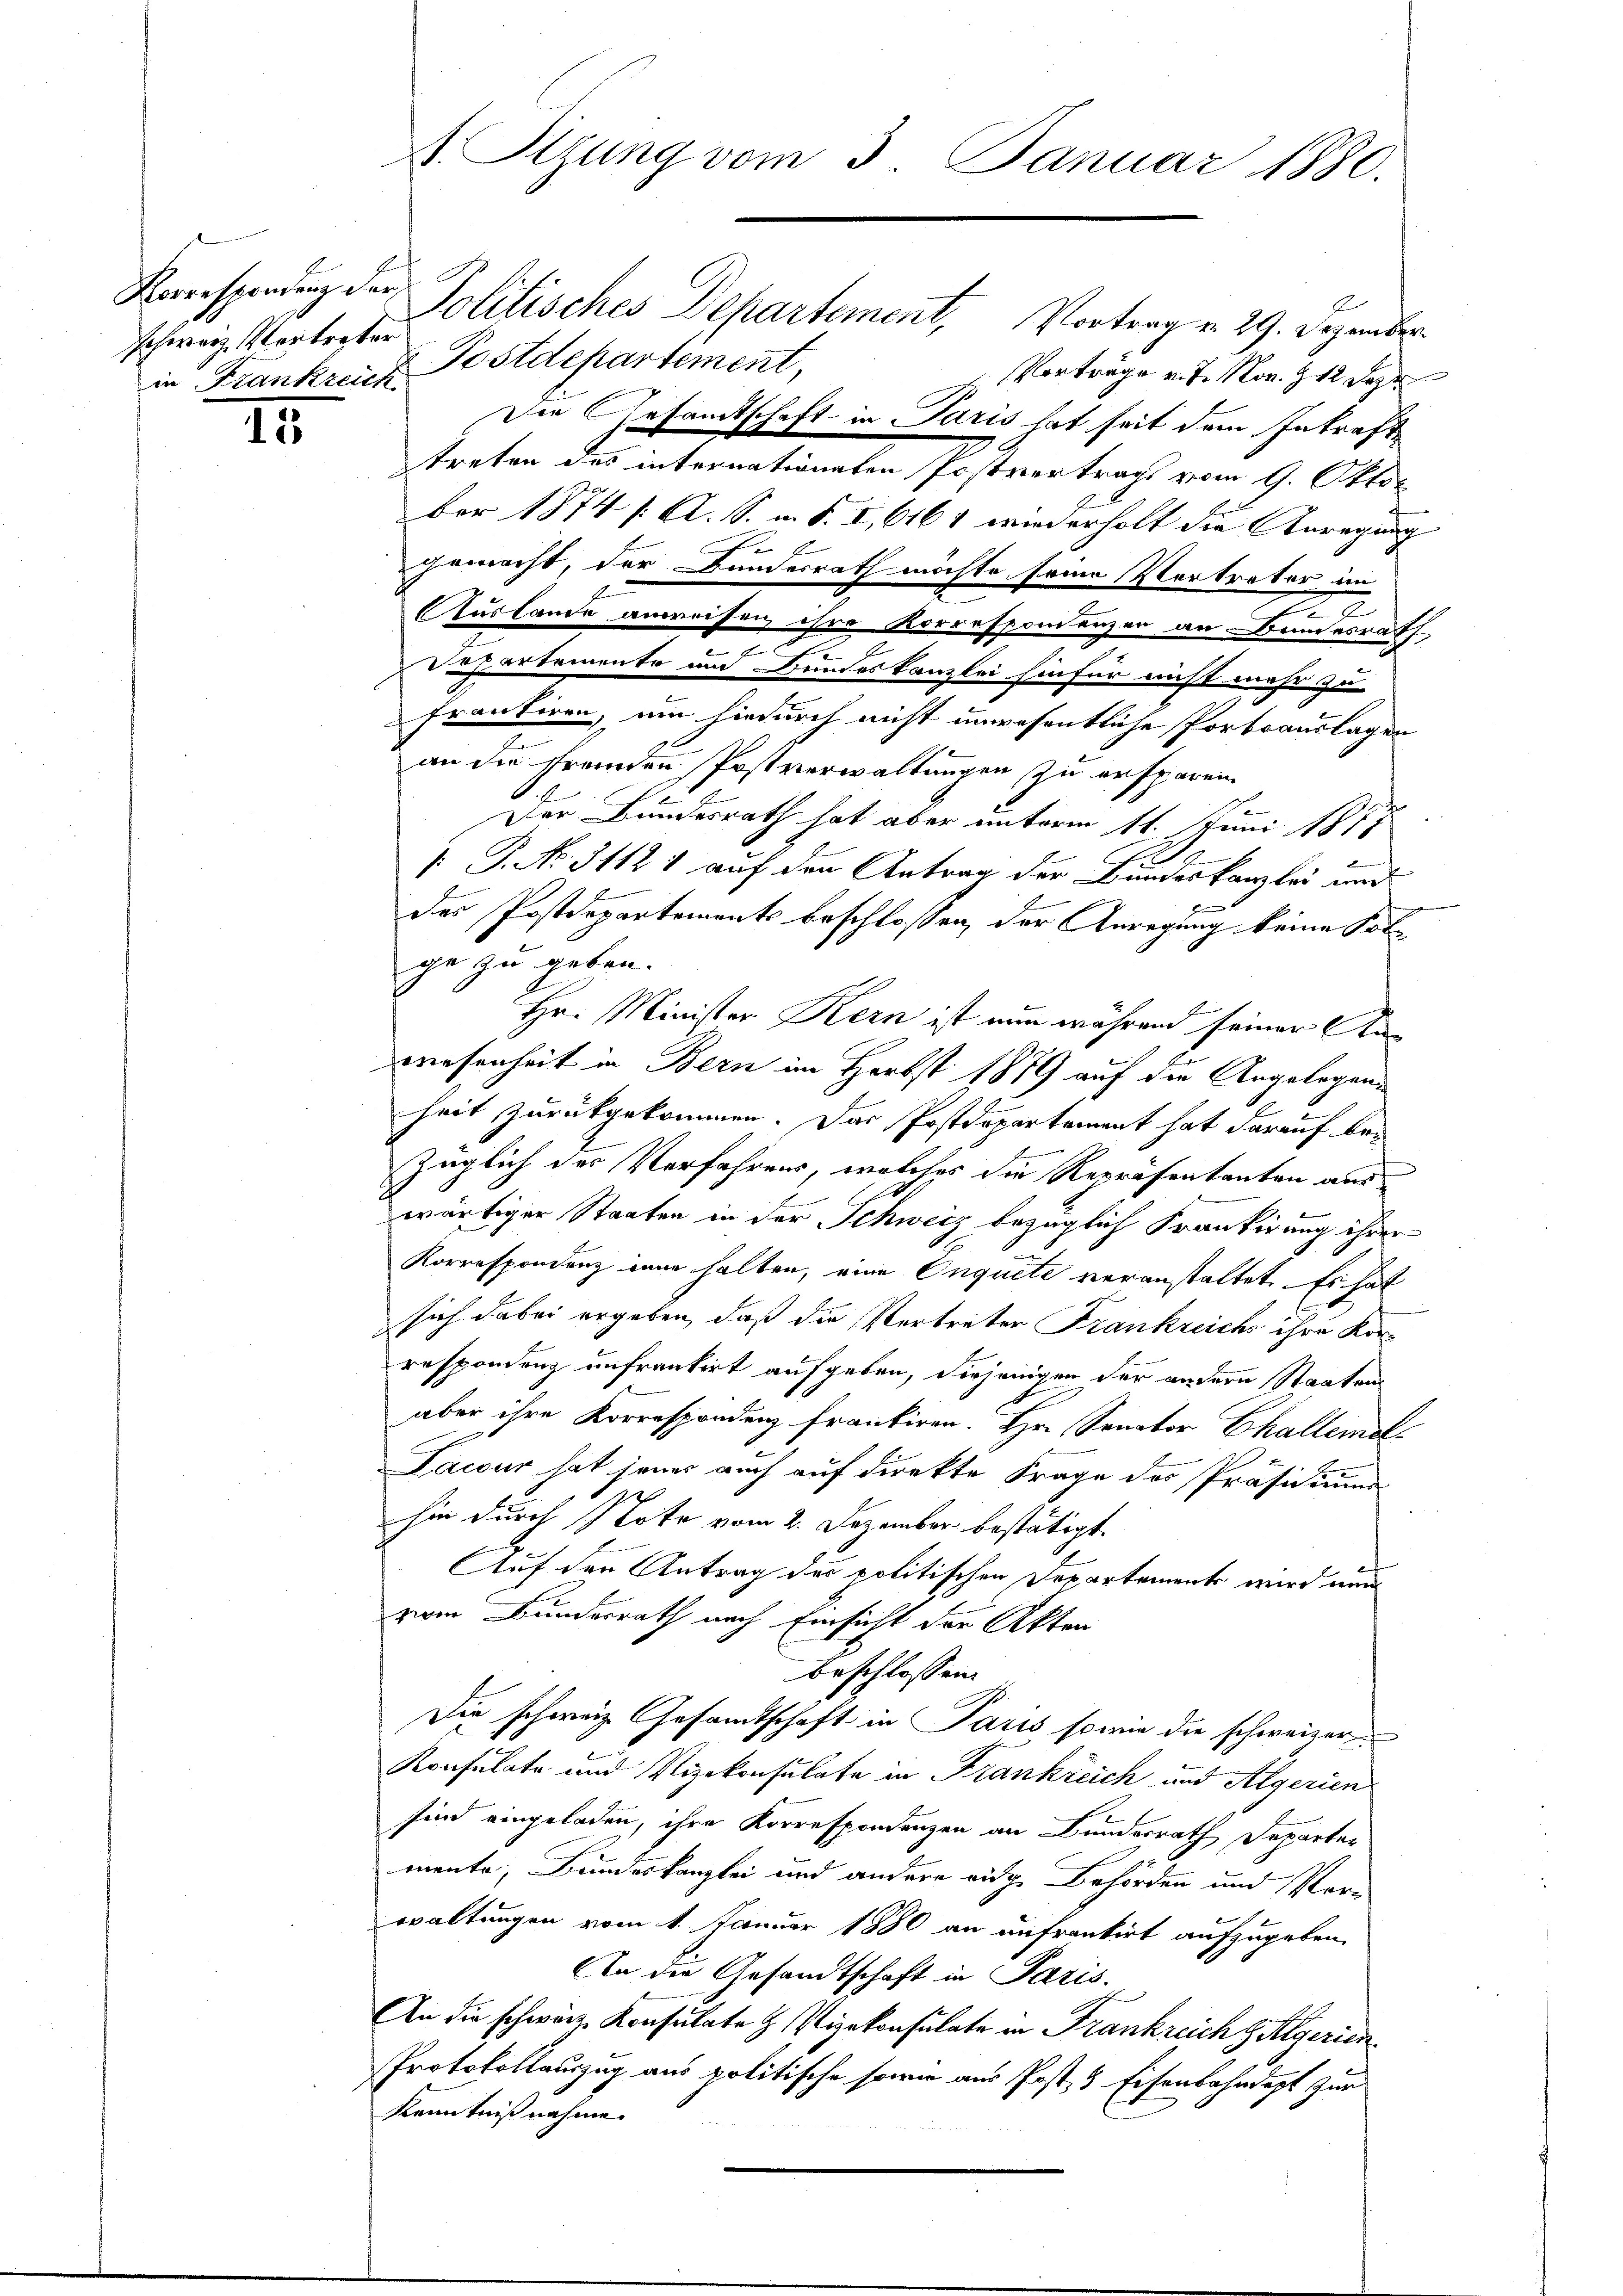
schweiz. Vortreter

15

1. Stzung vom 3. Januar 1880.

Korrespendung der Politisches Departement, Vortrag v. 29. Dezember
in Frankreich Postdepartement,
Vorträge v. 7. Nov. 12 Deze
Die Gesandtschaft in Paris hat seit dem Inkrafttreten des internationaten Postvertrags vom 9. Oktober 1874 /: A. S. u. S. I, 6161 wiederholt die Anregung |
.
f
gemacht, der Bundesrath möchte seine Vertreter im
.
2
Auslande anweisen ihre Korresponenzer an Bundesrath
Departemente und Bundeskanzlei hiefür nicht mehr zu
Frantiren, um hiedurch nicht unwesentliche Portoauslagen
u
an die fremden Postverwaltungen zu ersparen
Der Bundesrath hat aber unterm 11. Juni 1878
2
.P. No. 31121 auf den Antrag der Bundeskanzlei und
d
des Postdepartements beschlossen, der Anregung keine Solge zu geben.
Hr. Minister Kern ist nun während seiner Anwesenheit in Bern im Herbst 1879 auf die Angelegenheit zurückgekommen. Das Postdepartement hat darauf bezüglich des Verfahrens, welches die Repräsentanten aus
wärtiger Staaten in der Schweiz bezüglich Frankirung ihrer
Korrespondenz inne halten, eine Onquete veranstattet. Es hat
sich dabei ergeben, daß die Vertreter Frankreichs ihre Korrespondenz unfrankirt aufgeben, diejenigen der andern Staaten
aber ihre Korrespondenz frantiren. Hr. Senator Ekallemals
Lawur hat jenes auch auf direkte Frage des Präsidium
hin durch Note vom 2. Dezember bestätigt.
.
Auf den Antrag des politischen Departement wird nun
vom Bundesrath nach Einsicht der Akten
beschlossen:
Die schweiz. Gesamtschaft in Paris sowie die schweizer
Konsulate und Vizekonsulate in Frankreich und Algerien
sind eingeladen, ihre Korrespondenzen an Bundesrath Departer
mente, Bundeskanzlei und andere eidge Behörden und Verwaltungen vom 1. Januar 1880 an aufrankirt aufzugeben.
An die Gesandtschaft in Paris.
An die schweiz. Konsulate H. Vizekonsulate in Frankreich z Algerien
Protokollauszug aus politische sowie aus Post, 4 Eisenbahndept zur
Kenntnißnahme.